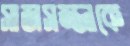
সাজসজ্জাকে